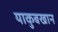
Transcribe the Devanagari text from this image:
याकुबखान